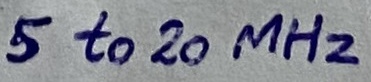
Text: 5 to 20 MHz